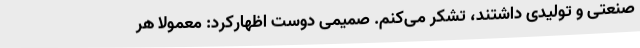
صنعتی و تولیدی داشتند، تشکر می‌کنم. صمیمی دوست اظهارکرد: معمولا هر